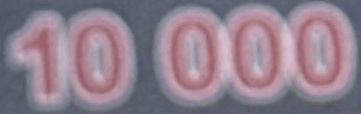
10 000